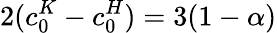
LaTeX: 2(c_{0}^{K}-c_{0}^{H})=3(1-\alpha)